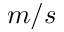
m / s